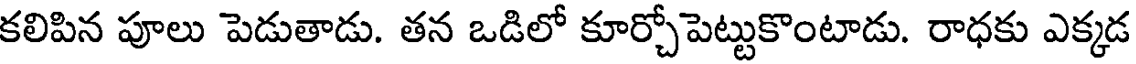
కలిపిన పూలు పెడుతాడు. తన ఒడిలో కూర్చోపెట్టుకొంటాడు. రాధకు ఎక్కడ